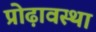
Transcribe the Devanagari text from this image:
प्रोढ़ावस्था